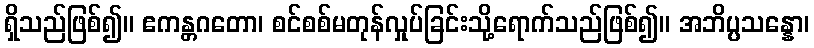
ရှိသည်ဖြစ်၍။ ဧကန္တဂတော၊ စင်စစ်မတုန်လှုပ်ခြင်းသို့ရောက်သည်ဖြစ်၍။ အဘိပ္ပသန္နော၊